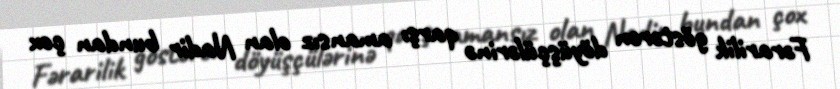
Fərarilik göstərən döyüşçülərinə qarşı amansız olan Nadir bundan çox